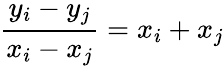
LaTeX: {\frac{y_{i}-y_{j}}{x_{i}-x_{j}}}=x_{i}+x_{j}